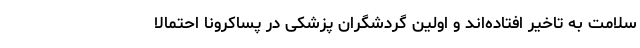
سلامت به تاخیر افتاده‌اند و اولین گردشگران پزشکی در پساکرونا احتمالا